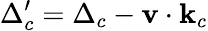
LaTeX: \Delta_{c}^{\prime}=\Delta_{c}-\textbf{v}\cdot{}\textbf{k}_{c}